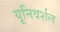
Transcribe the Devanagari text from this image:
यूनिवर्शल